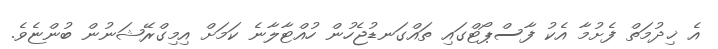
އެ ޚިދުމަތް ފެށުމާ އެކު ފާސްޕޯޓްގައި ތައްގަނޑުޖެހުން ހުއްޓާލާނެ ކަމަށް އިމިގްރޭޝަނުން ބުންޏެވެ.